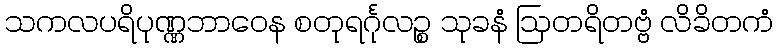
သကလပရိပုဏ္ဏဘာဝေန စတုရင်္ဂုလဉ္စ သုခနံ ဩတရိတဗ္ဗံ လိခိတကံ